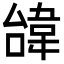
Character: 𩎞